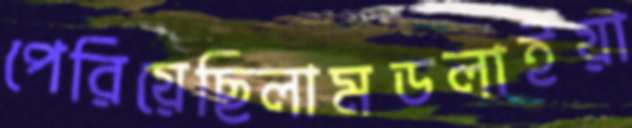
পেরিয়েছিলামডলাইয়া